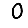
Digit: 0